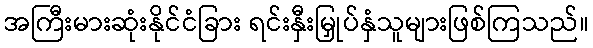
အကြီးမားဆုံးနိုင်ငံခြား ရင်းနှီးမြှုပ်နှံသူများဖြစ်ကြသည်။